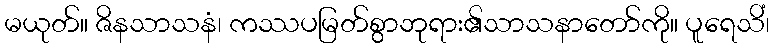
မယုတ်။ ဇိနသာသနံ၊ ကဿပမြတ်စွာဘုရား၏သာသနာတော်ကို။ ပူရေသိံ၊